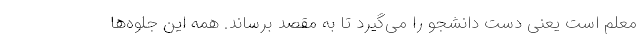
معلم است یعنی دست دانشجو را می‌گیرد تا به مقصد برساند. همه این جلوه‌ها